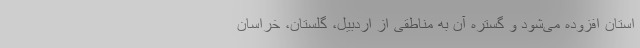
استان افزوده می‌شود و گستره آن به مناطقی از اردبیل، گلستان، خراسان